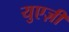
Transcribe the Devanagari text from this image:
युएज़ी